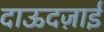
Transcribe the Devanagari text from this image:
दाऊदज़ाई